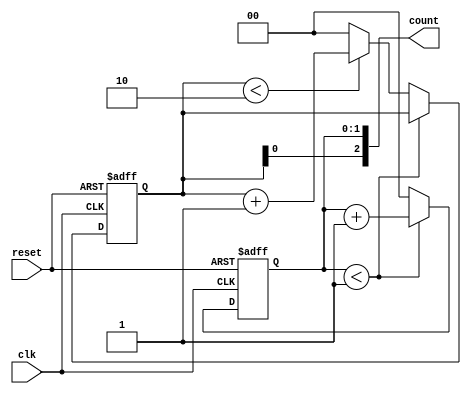
module mixed_radix_counter (
    input wire clk,                // Clock input
    input wire reset,              // Asynchronous reset
    output reg [2:0] count         // Output count (3 digits)
);

// Parameter definitions for the radices
parameter RADIX_1 = 2;           // Base 2
parameter RADIX_2 = 3;           // Base 3
parameter RADIX_3 = 4;           // Base 4

// Internal register to hold the count values for each digit
reg [1:0] digit1;                // Digit 1 (Base 2)
reg [1:0] digit2;                // Digit 2 (Base 3)
reg [1:1] digit3;                // Digit 3 (Base 4)

// Always block for synchronous operation
always @(posedge clk or posedge reset) begin
    if (reset) begin
        // Reset all digits to zero
        digit1 <= 0;
        digit2 <= 0;
        digit3 <= 0;
    end else begin
        // Increment the least significant digit (digit1)
        if (digit1 < RADIX_1 - 1) begin
            digit1 <= digit1 + 1;
        end else begin
            digit1 <= 0; // Reset digit1
            // Increment the next digit (digit2)
            if (digit2 < RADIX_2 - 1) begin
                digit2 <= digit2 + 1;
            end else begin
                digit2 <= 0; // Reset digit2
                // Increment the most significant digit (digit3)
                if (digit3 < RADIX_3 - 1) begin
                    digit3 <= digit3 + 1;
                end else begin
                    digit3 <= 0; // Reset digit3
                end
            end
        end
    end
end

// Assign output count
always @(*) begin
    count = {digit3, digit2, digit1}; // Concatenate digits for output
end

endmodule